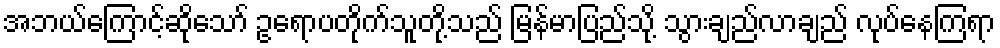
အဘယ်ကြောင့်ဆိုသော် ဥရောပတိုက်သူတို့သည် မြန်မာပြည်သို့ သွားချည်လာချည် လုပ်နေကြရာ